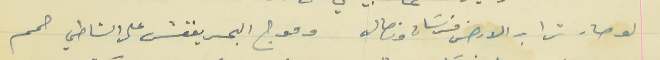
لو صار تراب الارض فرسَان ونصال                                  وموج البحر يفقش على الشاطي حمم